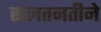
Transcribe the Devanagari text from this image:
सलतनतीने